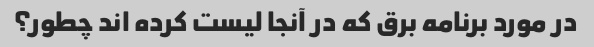
در مورد برنامه برق که در آنجا لیست کرده اند چطور؟